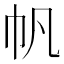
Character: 帆